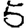
Digit: 5